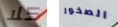
كلا الصخور